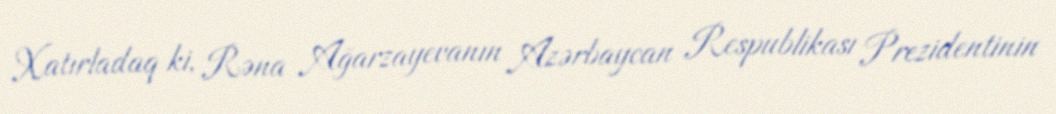
Xatırladaq ki, Rəna Ağarzayevanın Azərbaycan Respublikası Prezidentinin